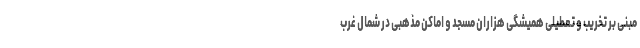
مبنی بر تخریب و تعطیلی همیشگی هزاران مسجد و اماکن مذهبی در شمال غرب